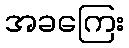
အခကြေး